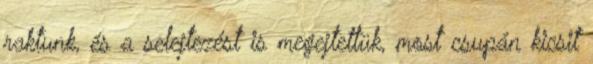
raktunk, és a selejtezést is megejtettük, most csupán kicsit